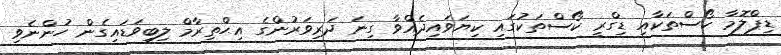
ޑިޕްލޮމާ ކޯސްތަކާއި ޑިގްރީ ކޯސްތަކުގައި ކިޔަވައިދެއްވާ ގިނަ ދަރިވަރުންގެ އިޙްތިރާމް ލިބިވަޑައިގެން ހުންނެވި